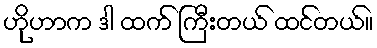
ဟိုဟာက ဒါ ထက် ကြီးတယ် ထင်တယ်။